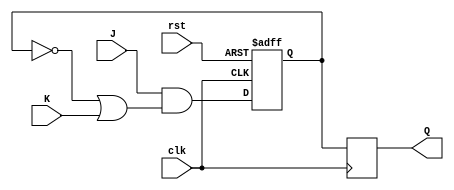
module jk_flip_flop(
    input wire clk,
    input wire rst,
    input wire J,
    input wire K,
    output reg Q
);

reg master_Q;
reg slave_Q;

always @(posedge clk or posedge rst) begin
    if(rst) begin
        master_Q <= 1'b0;
    end else begin
        master_Q <= J & (~master_Q | K);
    end
end

always @(negedge clk) begin
    slave_Q <= master_Q;
end

assign Q = slave_Q;

endmodule